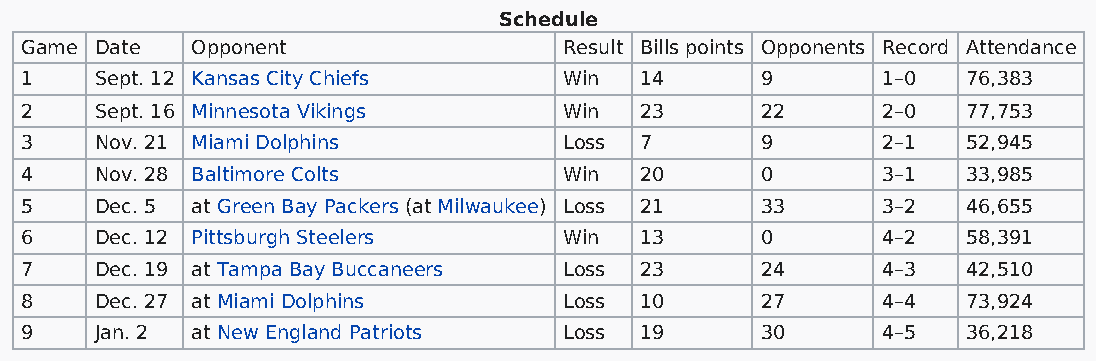
Schedule
 Game Date   Opponent                Result Bills points Opponents Record Attendance
 1    Sept. 12 Kansas City Chiefs    Win  14      9       1–0   76,383
 2    Sept. 16 Minnesota Vikings     Win  23      22      2–0   77,753
 3    Nov. 21 Miami Dolphins         Loss 7       9       2–1   52,945
 4    Nov. 28 Baltimore Colts        Win  20      0       3–1   33,985
 5    Dec. 5 at Green Bay Packers (at Milwaukee) Loss 21 33 3–2 46,655
 6    Dec. 12 Pittsburgh Steelers    Win  13      0       4–2   58,391
 7    Dec. 19 at Tampa Bay Buccaneers Loss 23     24      4–3   42,510
 8    Dec. 27 at Miami Dolphins      Loss 10      27      4–4   73,924
 9    Jan. 2 at New England Patriots Loss 19      30      4–5   36,218